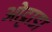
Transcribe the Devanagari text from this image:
ओट्टाडा